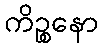
ကိဉ္စနော